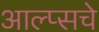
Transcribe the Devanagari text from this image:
आल्प्सचे